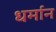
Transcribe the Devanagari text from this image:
धर्मान